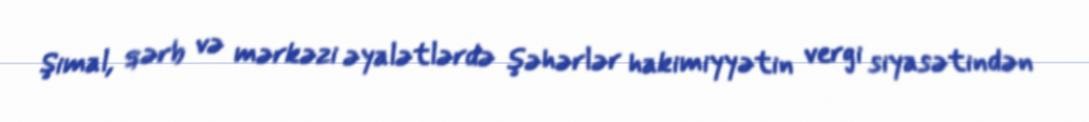
Şimal, qərb və mərkəzi əyalətlərdə şəhərlər hakimiyyətin vergi siyasətindən